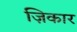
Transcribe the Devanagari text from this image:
ज़िकार